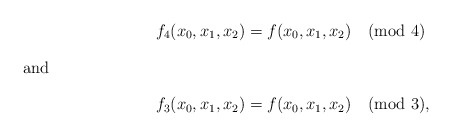
\begin{align*}f_4 (x_0, x_1, x_2) &= f(x_0, x_1, x_2) \pmod{4} \\\intertext{and} f_3(x_0, x_1, x_2) &= f(x_0, x_1, x_2) \pmod{3},\end{align*}